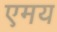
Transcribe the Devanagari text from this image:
एमय